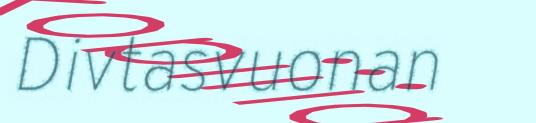
Divtasvuonan